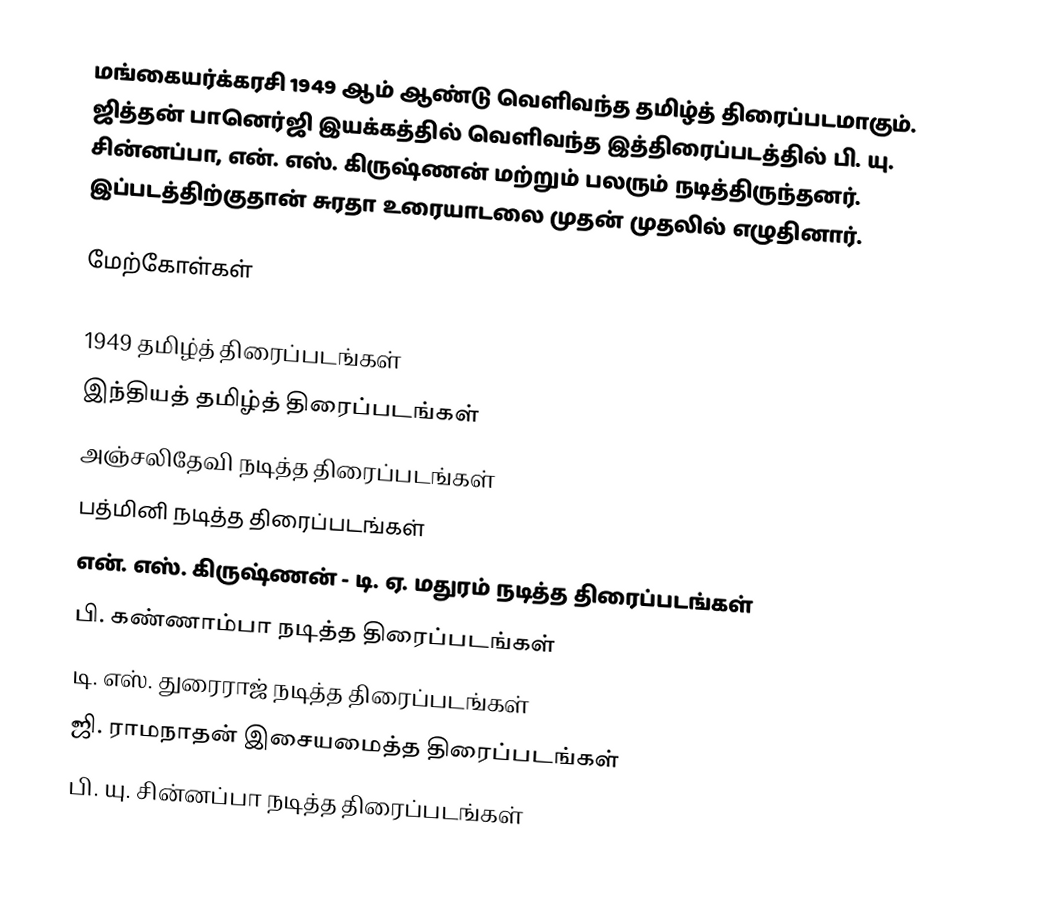
மங்கையர்க்கரசி 1949 ஆம் ஆண்டு வெளிவந்த தமிழ்த் திரைப்படமாகும். ஜித்தன் பானெர்ஜி இயக்கத்தில் வெளிவந்த இத்திரைப்படத்தில் பி. யு. சின்னப்பா, என். எஸ். கிருஷ்ணன் மற்றும் பலரும் நடித்திருந்தனர். இப்படத்திற்குதான் சுரதா உரையாடலை முதன் முதலில் எழுதினார்.

மேற்கோள்கள்

1949 தமிழ்த் திரைப்படங்கள்
இந்தியத் தமிழ்த் திரைப்படங்கள்
அஞ்சலிதேவி நடித்த திரைப்படங்கள்
பத்மினி நடித்த திரைப்படங்கள்
என். எஸ். கிருஷ்ணன் - டி. ஏ. மதுரம் நடித்த திரைப்படங்கள்
பி. கண்ணாம்பா நடித்த திரைப்படங்கள்
டி. எஸ். துரைராஜ் நடித்த திரைப்படங்கள்
ஜி. ராமநாதன் இசையமைத்த திரைப்படங்கள்
பி. யு. சின்னப்பா நடித்த திரைப்படங்கள்